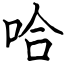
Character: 哈